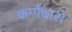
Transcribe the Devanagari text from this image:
कर्णधारो